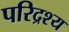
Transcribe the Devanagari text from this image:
परिद्रश्य